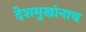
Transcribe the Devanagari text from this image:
देशमुखांनाच